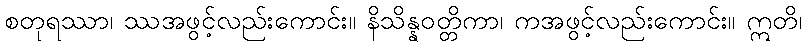
စတုရဿာ၊ ဿအဖွင့်လည်းကောင်း။ နိသိန္နဝတ္တိကာ၊ ကအဖွင့်လည်းကောင်း။ ဣတိ၊